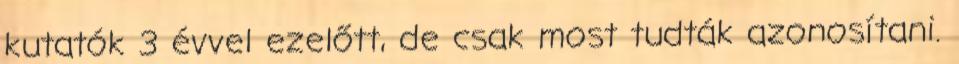
kutatók 3 évvel ezelőtt, de csak most tudták azonosítani.